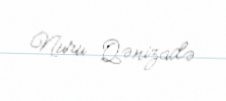
Nuru Qənizadə